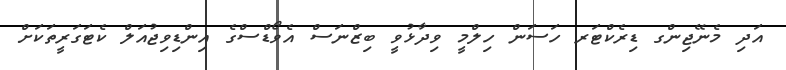
އަދި މެނޭޖިންގ ޑިރެކްޓަރ ހަސަން ހިލްމީ ވިދާޅުވީ ބިޒްނަސް އެވޯޑްސްގެ އިންޑިވިޖުއަލް ކެޓަގަރީތަކަށް